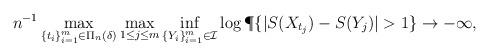
LaTeX: \begin{align*}n^{-1} \max_{\{t_i\}_{i=1}^m\in\Pi_n(\delta)}\max_{1\le j\le m}\inf_{\{Y_i\}_{i=1}^m\in\mathcal{I}}\log\P \{ |S(X_{t_j})- S(Y_j)|> 1\} \to -\infty,\end{align*}